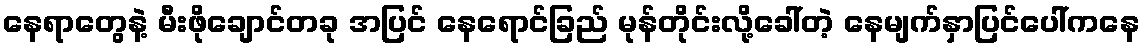
နေရာတွေနဲ့ မီးဖိုချောင်တခု အပြင် နေရောင်ခြည် မုန်တိုင်းလို့ခေါ်တဲ့ နေမျက်နှာပြင်ပေါ်ကနေ